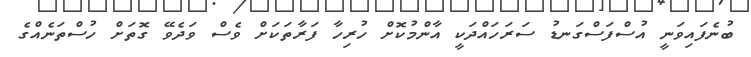
ބުނެފައިވަނީ އުސްފަސްގަނޑު ސަރަހައްދަކީ އާންމުކޮށް ހުރިހާ ފަރާތަކަށް ވެސް ވަދެވޭ ގޮތަށް ހުސްތަނެއްގެ